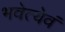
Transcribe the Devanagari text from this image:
भवेत्येवं